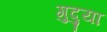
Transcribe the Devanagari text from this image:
गुदुया